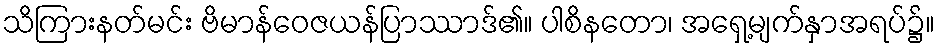
သိကြားနတ်မင်း ဗိမာန်ဝေဇယန်ပြာဿာဒ်၏။ ပါစိနတော၊ အရှေ့မျက်နှာအရပ်၌။